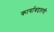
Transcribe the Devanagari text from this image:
कार्याबद्दलची